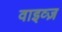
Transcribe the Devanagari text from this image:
वाइव्ज़